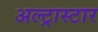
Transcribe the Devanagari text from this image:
अल्ट्रास्टार